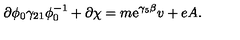
\partial \phi _ { 0 } \gamma _ { 2 1 } \phi _ { 0 } ^ { - 1 } + \partial \chi = m \mathrm { e } ^ { \gamma _ { 5 } \beta } v + e A .